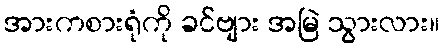
အားကစားရုံကို ခင်ဗျား အမြဲ သွားလား။